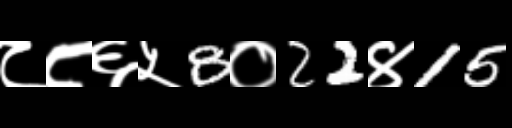
Text: ८८६५8०22४15